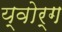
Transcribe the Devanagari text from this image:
य्वोर्ग